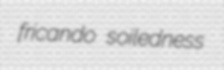
fricando soiledness